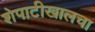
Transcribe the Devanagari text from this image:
शेपाटीखालचा